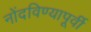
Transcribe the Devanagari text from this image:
नोंदविण्यापूर्वी